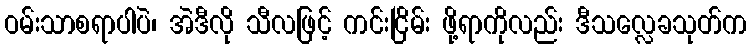
ဝမ်းသာစရာပါပဲ၊ အဲဒီလို သီလဖြင့် ကင်းငြိမ်း ဖို့ရာကိုလည်း ဒီသလ္လေခသုတ်က